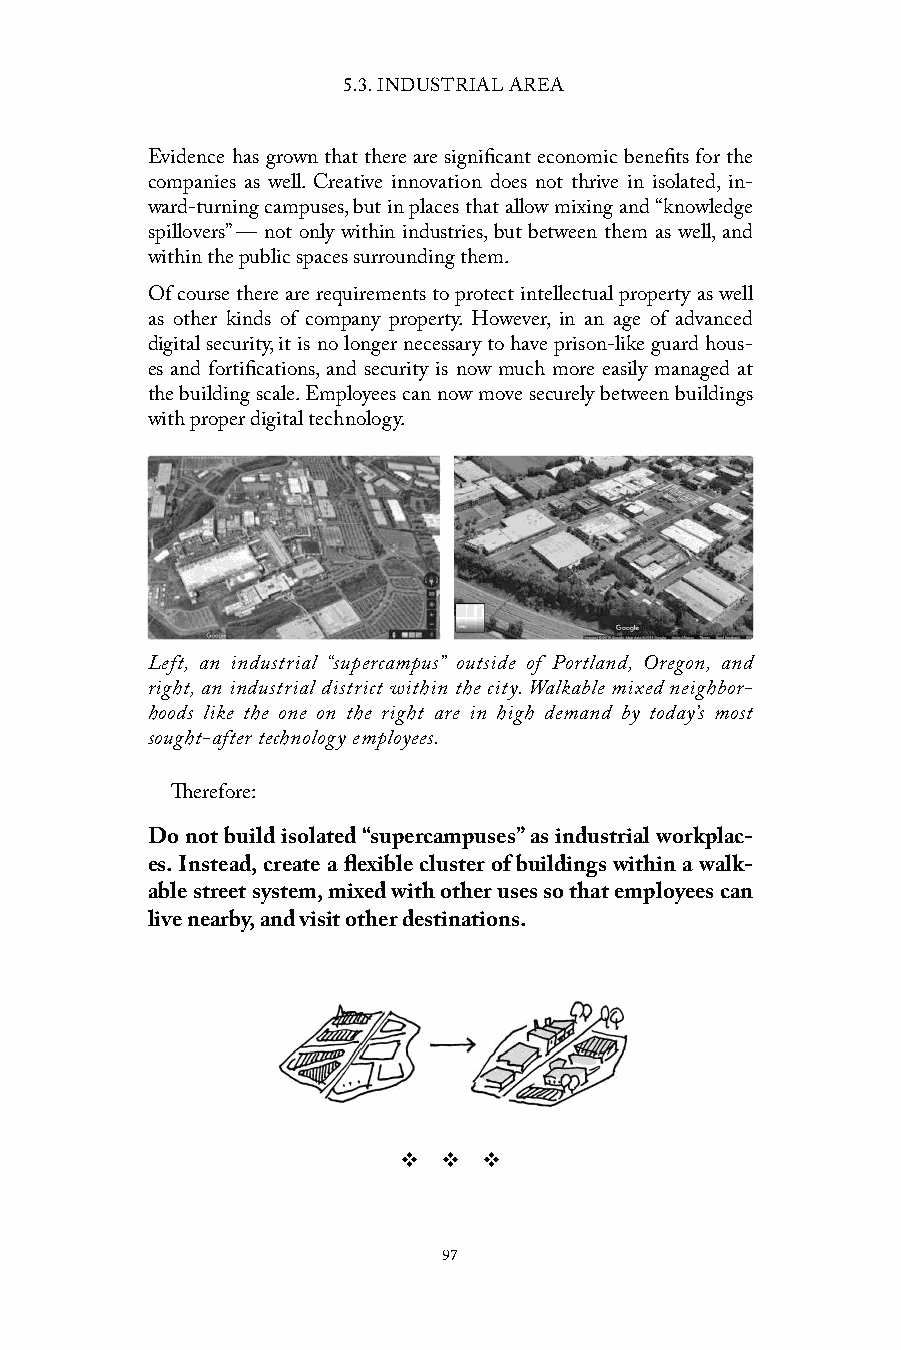
5.3. INDUSTRIAL AREA
 Evidence has grown that there are significant economic benefits for the
 companies as well. Creative innovation does not thrive in isolated, in-
 ward-turning campuses, but in places that allow mixing and “knowledge
 spillovers” — not only within industries, but between them as well, and
 within the public spaces surrounding them.
 Of course there are requirements to protect intellectual property as well
 as other kinds of company property. However, in an age of advanced
 digital security, it is no longer necessary to have prison-like guard hous-
 es and fortifications, and security is now much more easily managed at
 the building scale. Employees can now move securely between buildings
 with proper digital technology.
 Left, an industrial “supercampus” outside of Portland, Oregon, and
 right, an industrial district within the city. Walkable mixed neighbor-
 hoods like the one on the right are in high demand by today’s most
 sought-after technology employees.
 Therefore:
 Do not build isolated “supercampuses” as industrial workplac-
 es. Instead, create a flexible cluster of buildings within a walk-
 able street system, mixed with other uses so that employees can
 live nearby, and visit other destinations.
 v  v  v
 97